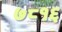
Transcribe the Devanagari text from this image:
७८१६